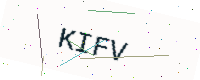
Text: KIFV